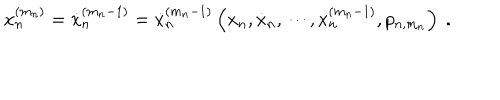
x _ { n } ^ { ( m _ { n } ) } = \dot { x } _ { n } ^ { ( m _ { n } - 1 ) } = \dot { x } _ { n } ^ { ( m _ { n } - 1 ) } \left( x _ { n } , \dot { x } _ { n } , \cdots , x _ { n } ^ { ( m _ { n } - 1 ) } , p _ { n , m _ { n } } \right) \ .